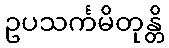
ဥပသင်္ကမိတုန္တိ